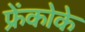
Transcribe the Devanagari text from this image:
फ्रेंकोके